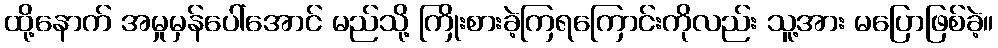
ထို့နောက် အမှုမှန်ပေါ်အောင် မည်သို့ ကြိုးစားခဲ့ကြရကြောင်းကိုလည်း သူ့အား မပြောဖြစ်ခဲ့။